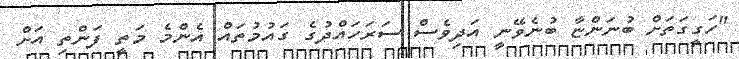
"ހަގީގަތަށް ބުނަންޏާ ބުނެވޭނީ އަދިވެސް ސަރަހައްދުގެ ގައުމުތައް އެންމެ މަތީ ފަންތި އަށް